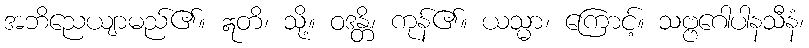
အဘိညေယျာမည်၏။ ဣတိ၊ သို့။ ဝဒန္တိ၊ ကုန်၏။ ယသ္မာ၊ ကြောင့်။ သဗ္ဗဂေါပါနသီနံ၊